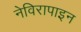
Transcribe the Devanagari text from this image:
नेविरापाइन